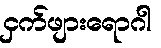
ငှက်ဖျားရောဂါ